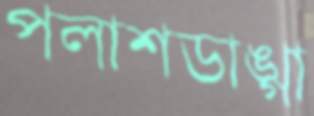
পলাশডাঙ্গা